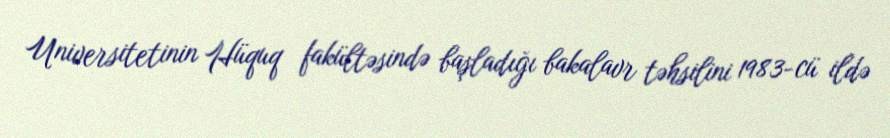
Universitetinin Hüquq fakültəsində başladığı bakalavr təhsilini 1983-cü ildə